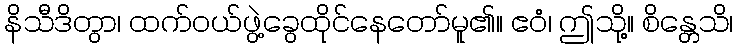
နိသီဒိတွာ၊ ထက်ဝယ်ဖွဲ့ခွေထိုင်နေတော်မူ၏။ ဧဝံ၊ ဤသို့။ စိန္တေသိ၊